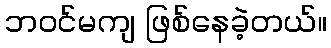
ဘဝင်မကျ ဖြစ်နေခဲ့တယ်။